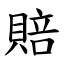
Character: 賠